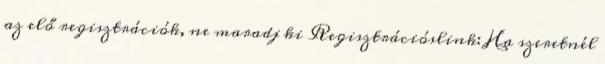
az elő regisztrációk, ne maradj ki Regisztrációslink: Ha szeretnél